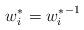
LaTeX: \begin{align*}w^*_i={w^*_i}^{-1}\end{align*}